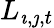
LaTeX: L_{\imath,\jmath,t}